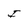
Character: I